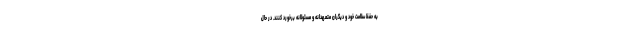
به حفظ سلامت خود و دیگران متعهدانه و مسئولانه برخورد کنند. در حال